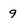
Character: 9